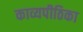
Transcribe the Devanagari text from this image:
काव्यपीठिका